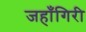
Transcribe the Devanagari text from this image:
जहाँगिरी